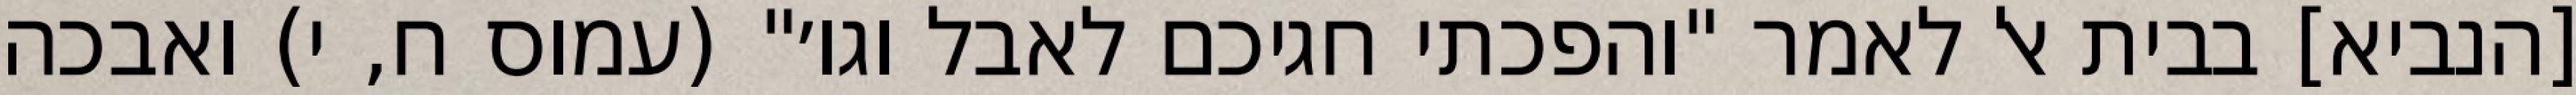
[הנביא] בבית אל לאמר "והפכתי חגיכם לאבל וגו׳" (עמוס ח, י) ואבכה